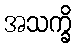
အသက္ခိ